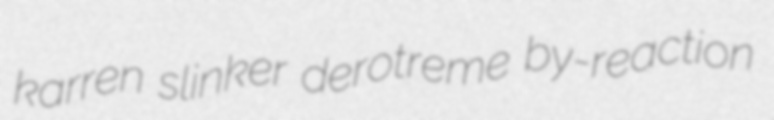
karren slinker derotreme by-reaction